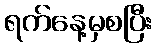
ရက်နေ့မှစပြီး